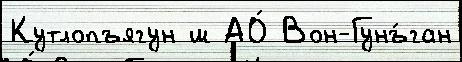
Кутлопъягун ш АО́ Вон-Гунъ́ган